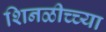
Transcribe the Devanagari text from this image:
शिनळीच्च्या